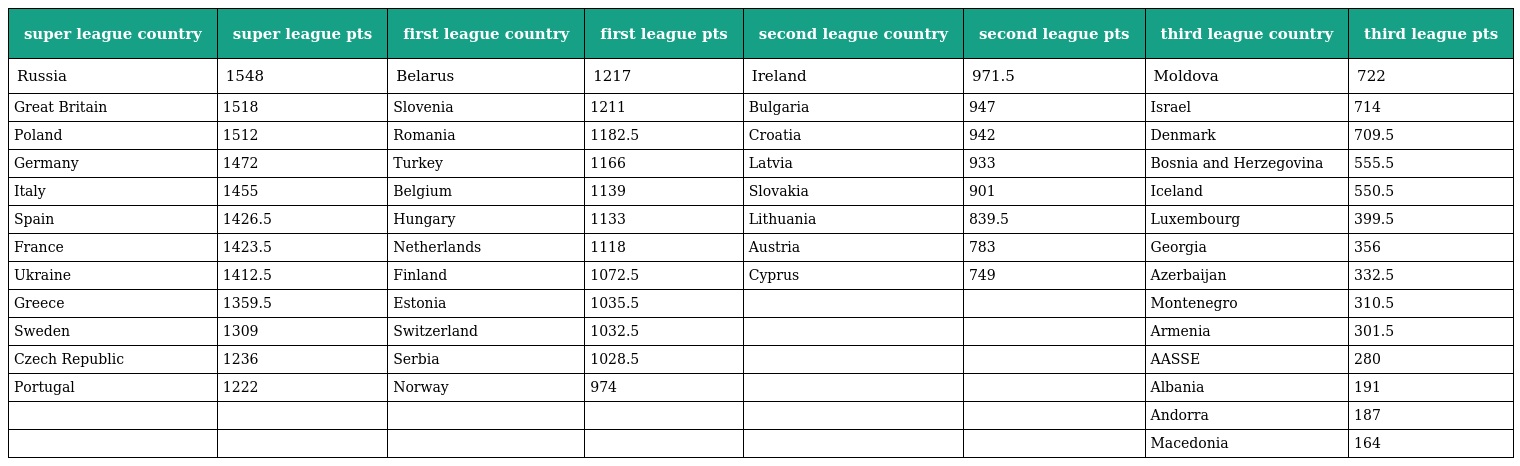
| super league country | super league pts | first league country | first league pts | second league country | second league pts | third league country | third league pts |
 | --- | --- | --- | --- | --- | --- | --- | --- |
 | Russia | 1548 | Belarus | 1217 | Ireland | 971.5 | Moldova | 722 |
 | Great Britain | 1518 | Slovenia | 1211 | Bulgaria | 947 | Israel | 714 |
 | Poland | 1512 | Romania | 1182.5 | Croatia | 942 | Denmark | 709.5 |
 | Germany | 1472 | Turkey | 1166 | Latvia | 933 | Bosnia and Herzegovina | 555.5 |
 | Italy | 1455 | Belgium | 1139 | Slovakia | 901 | Iceland | 550.5 |
 | Spain | 1426.5 | Hungary | 1133 | Lithuania | 839.5 | Luxembourg | 399.5 |
 | France | 1423.5 | Netherlands | 1118 | Austria | 783 | Georgia | 356 |
 | Ukraine | 1412.5 | Finland | 1072.5 | Cyprus | 749 | Azerbaijan | 332.5 |
 | Greece | 1359.5 | Estonia | 1035.5 |  |  | Montenegro | 310.5 |
 | Sweden | 1309 | Switzerland | 1032.5 |  |  | Armenia | 301.5 |
 | Czech Republic | 1236 | Serbia | 1028.5 |  |  | AASSE | 280 |
 | Portugal | 1222 | Norway | 974 |  |  | Albania | 191 |
 |  |  |  |  |  |  | Andorra | 187 |
 |  |  |  |  |  |  | Macedonia | 164 |